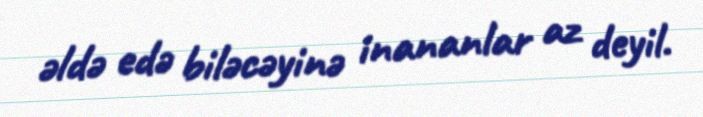
əldə edə biləcəyinə inananlar az deyil.